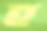
হ